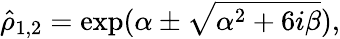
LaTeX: \hat{\rho}_{1,2}=\exp(\alpha\pm\sqrt{\alpha^{2}+6i\beta}),